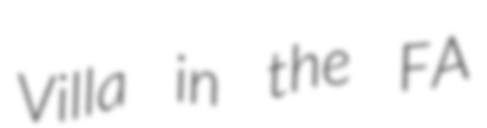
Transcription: Villa in the FA